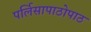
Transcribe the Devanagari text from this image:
पर्लिसापाठोपाठ